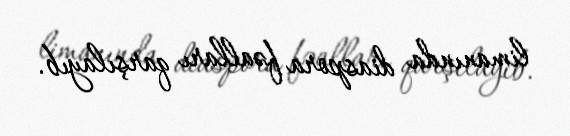
limanında diaspora fəalları qarşılayıb.